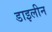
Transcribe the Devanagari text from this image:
डाइलीन